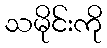
သမိုင်းကို